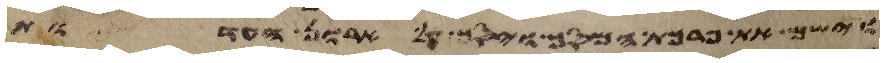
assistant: וישם את פרכת המסך ויסך על ארון העדות